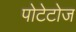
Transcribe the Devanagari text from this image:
पोटेटोज